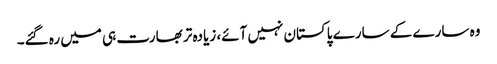
وہ سارے کے سارے پاکستان نہیں آئے، زیادہ تر بھارت ہی میں رہ گئے۔